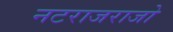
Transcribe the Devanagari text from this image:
नटराजराजो